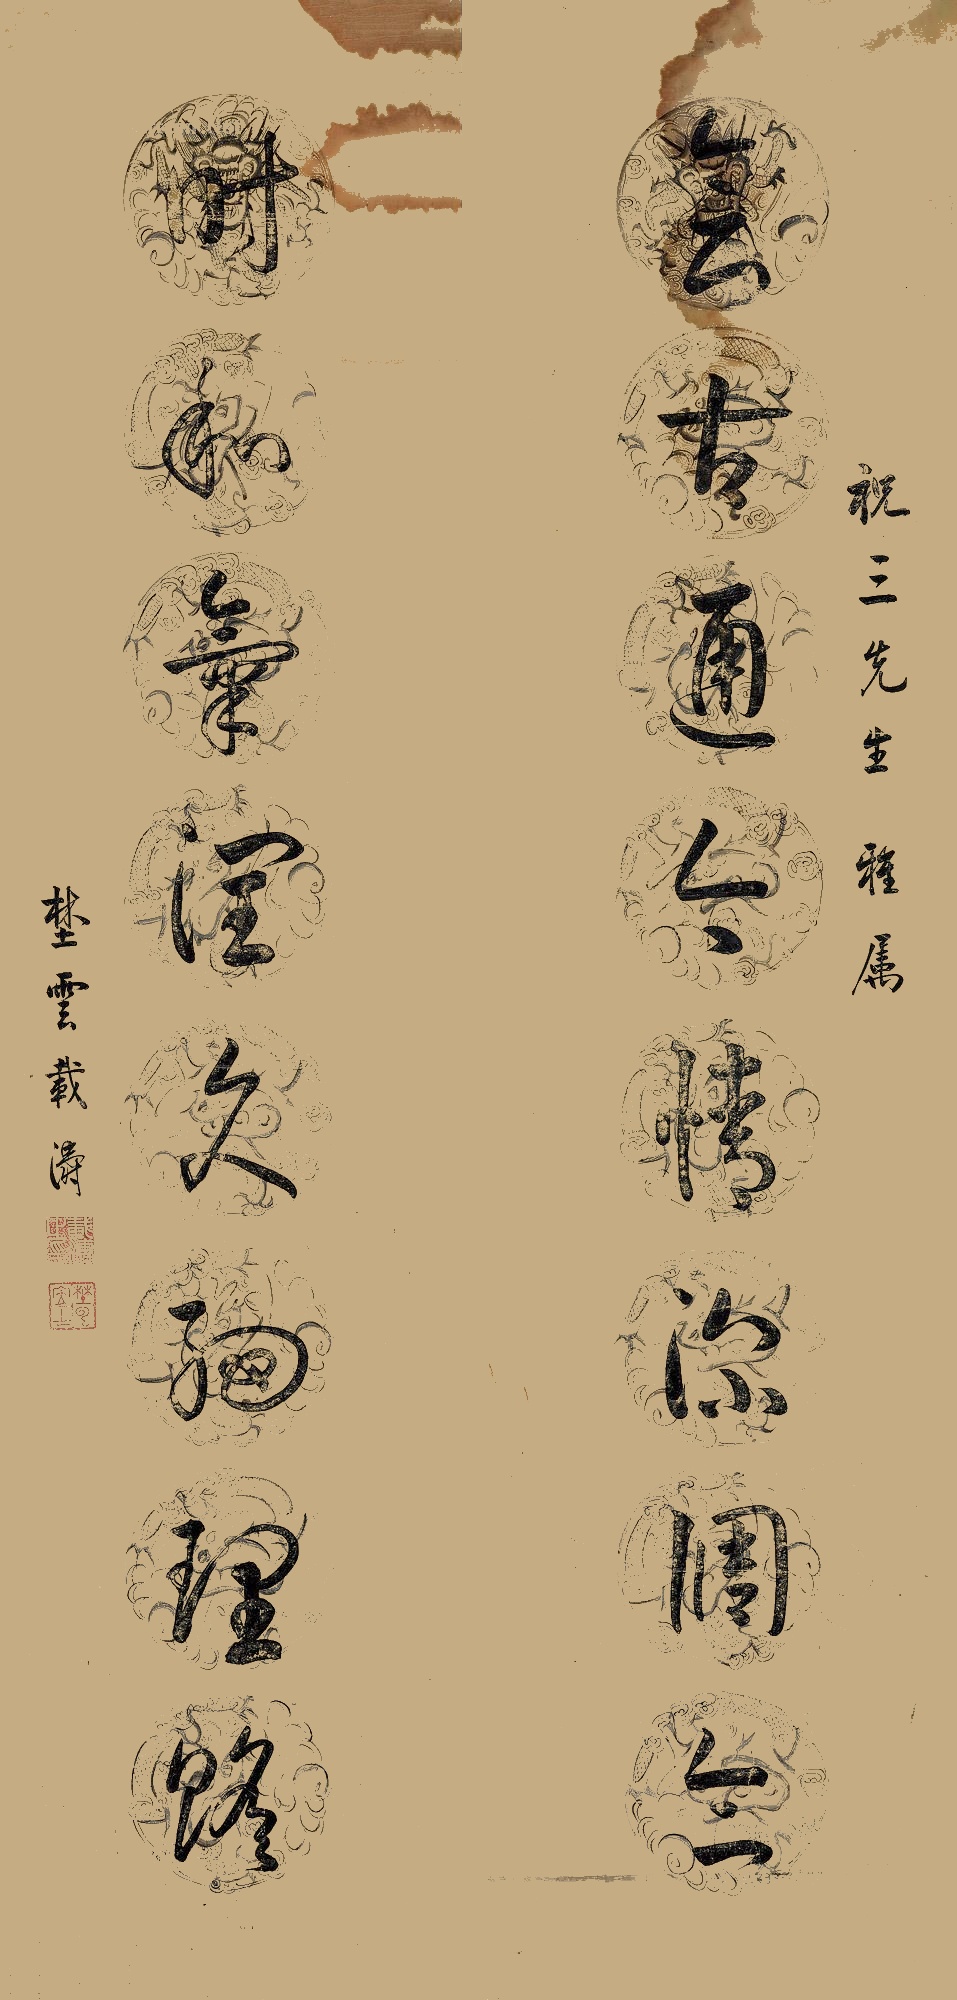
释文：会古通今情深调合，时和气润久细理络。祝三先生雅属。埜云载涛。